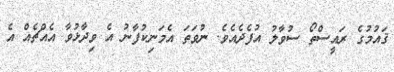
ޤައުމުގެ ރައީސްތޯ ސުވާލު އުފެދެއެވެ. ނުވަތަ އެމަނިކުފާނު އެ ވިދާޅުވާ އެއްޗެއް އެ